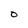
Character: O